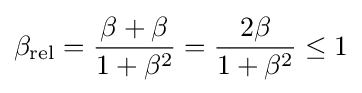
\beta _{\text{rel}}={\frac {\beta +\beta }{1+\beta ^{2}}}={\frac {2\beta }{1+\beta ^{2}}}\leq 1